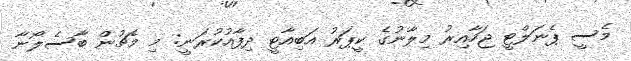
މެސީ ޕެނަލްޓީ ޖަހާއިރު މިލާނުގެ ކީޕަރު އަބިއާޓީ ދިފާއުކުރަނީ: މި މެޗުން ބާސެލޯނާ